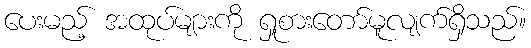
ပေးမည့် အထုပ်များကို ရှုစားတော်မူလျက်ရှိသည်။